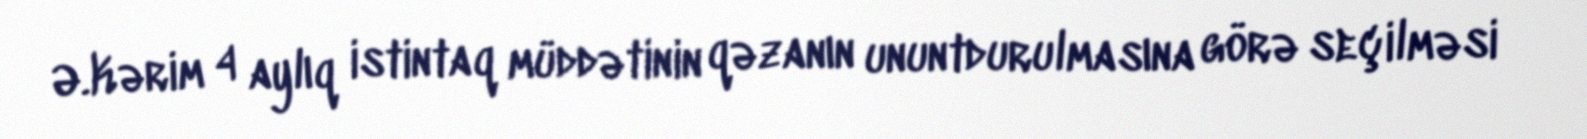
Ə.Kərim 4 aylıq istintaq müddətinin qəzanın ununtdurulmasına görə seçilməsi